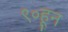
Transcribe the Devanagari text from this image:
९०हून